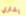
يشتري